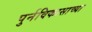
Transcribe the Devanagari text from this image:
पुर्नविकासाच्या